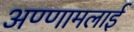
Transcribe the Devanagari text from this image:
अण्णामलाई